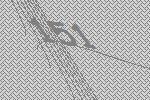
151